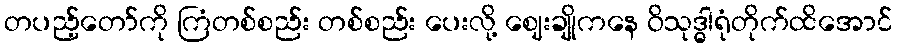
တပည့်တော်ကို ကြံတစ်စည်း တစ်စည်း ပေးလို့ ဈေးချိုကနေ ဝိသုဒ္ဓါရုံတိုက်ထိအောင်